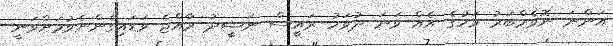
އަންނަ ނޮވެމްބަރު މަހުގެ އެއް ވަނަ ދުވަހު ރައީސް ނަޝީދު ރާއްޖެ ވަޑައިގެންނެވުމަށްވަނީ